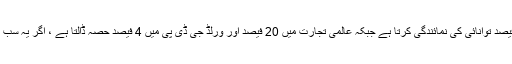
انہوں نے کہا کہ عالمی سطح پریہ خطہ 30 فیصد توانائی کی نمائندگی کرتا ہے جبکہ عالمی تجارت میں 20 فیصد اور ورلڈ جی ڈی پی میں 4 فیصد حصہ ڈالتا ہے ، اگر یہ سب بند ہوجائے تو عالمی معیشت تباہ ہوجائے گی۔